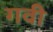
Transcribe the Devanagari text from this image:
गवी